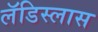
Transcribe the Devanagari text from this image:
लॅडिस्लास